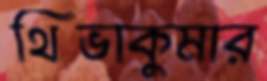
থিভাকুমার